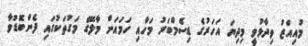
މުއިއްޒު ވިދާޅުވީ މިދިޔަ އަހަރުގެ ޑިސެމްބަރު މަހާއި ހަމައަށް މާލޭގެ މަގުތަކުގައި ފެންބޮޑުވާ